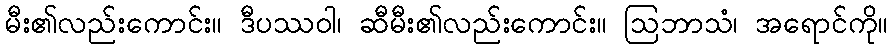
မီး၏လည်းကောင်း။ ဒီပဿဝါ၊ ဆီမီး၏လည်းကောင်း။ ဩဘာသံ၊ အရောင်ကို။